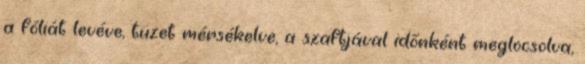
a fóliát levéve, tüzet mérsékelve, a szaftjával időnként meglocsolva,